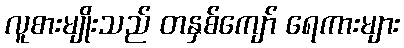
လူစားမျိုးသည် တနှစ်ကျော် ရေကားများ